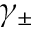
\gamma _ { \pm }